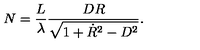
N = \frac { L } { \lambda } \frac { D R } { \sqrt { 1 + \dot { R } ^ { 2 } - D ^ { 2 } } } .